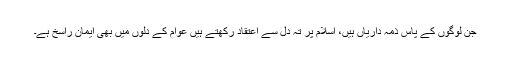
جن لوگوں کے پاس ذمہ داریاں ہیں، اسلام پر تہ دل سے اعتقاد رکھتے ہیں عوام کے دلوں میں بھی ایمان راسخ ہے۔